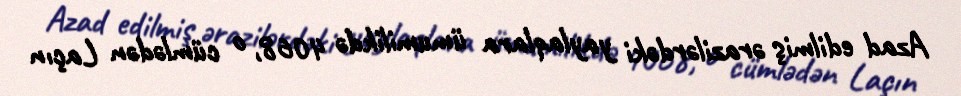
Azad edilmiş ərazilərdəki yaylaqlara ümumilikdə 4068, o cümlədən Laçın